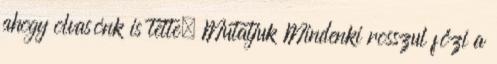
ahogy olvasónk is tette. Mutatjuk Mindenki rosszul főzi a